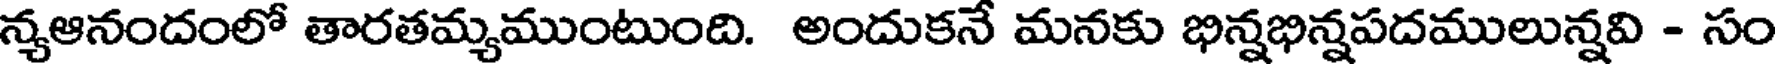
న్యఆనందంలో తారతమ్యముంటుంది. అందుకనే మనకు భిన్నభిన్నపదములున్నవి - సం